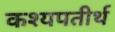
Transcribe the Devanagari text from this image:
कश्यपतीर्थ